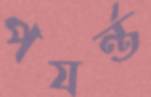
পযর্ন্ত